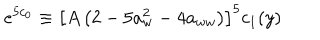
e ^ { 5 c _ { 0 } } \equiv \left[ A \left( 2 - 5 a _ { w } ^ { 2 } - 4 a _ { w w } \right) \right] ^ { 5 } c _ { 1 } ( y )